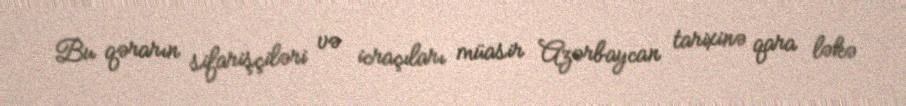
Bu qərarın sifarişçiləri və icraçıları müasir Azərbaycan tarixinə qara ləkə